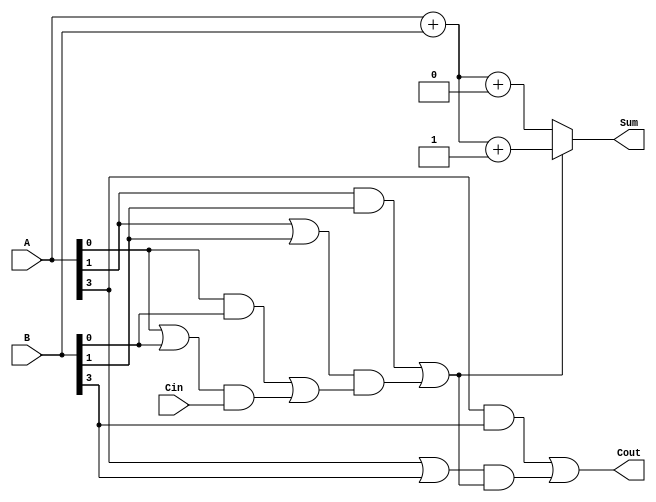
module CarrySelectAdder (
    input [3:0] A,      // 4-bit input A
    input [3:0] B,      // 4-bit input B
    input Cin,          // Carry-in
    output [3:0] Sum,   // 4-bit Sum output
    output Cout         // Carry-out
);

    wire [3:0] S0, S1;  // Sums for carry-in = 0 and carry-in = 1
    wire C0, C1;        // Carry-out for carry-in = 0 and carry-in = 1
    wire G[3:0], P[3:0]; // Generate and Propagate signals

    // Full Adder for each bit with carry-in = 0
    assign {C0, S0} = A + B + 1'b0;

    // Full Adder for each bit with carry-in = 1
    assign {C1, S1} = A + B + 1'b1;

    // Generate and Propagate signals
    assign G[0] = A[0] & B[0];
    assign P[0] = A[0] | B[0];

    assign G[1] = A[1] & B[1];
    assign P[1] = A[1] | B[1];

    assign G[2] = A[2] & B[2];
    assign P[2] = A[2] | B[2];

    assign G[3] = A[3] & B[3];
    assign P[3] = A[3] | B[3];

    // Carry Lookahead Logic
    wire C2, C3;
    assign C2 = G[0] | (P[0] & Cin);
    assign C3 = G[1] | (P[1] & C2);

    // Final Carry-out
    assign Cout = G[3] | (P[3] & C3);

    // Select the appropriate sum based on the carry-out
    assign Sum = (C3) ? S1 : S0;

endmodule